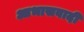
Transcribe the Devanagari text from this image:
आभासवादी